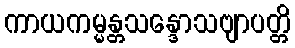
ကာယကမ္မန္တသန္ဒောသဗျာပတ္တိ